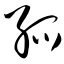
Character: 孤